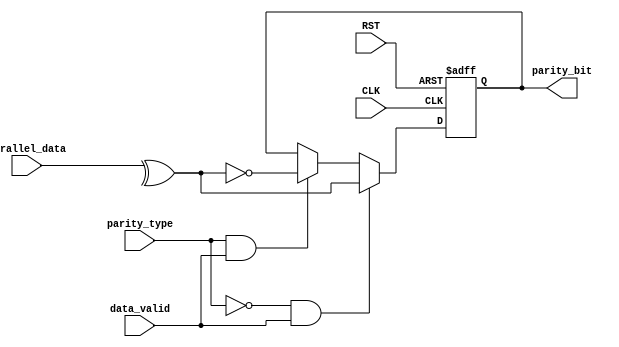
module UART_parity (
  input  wire        data_valid, CLK, RST, parity_type,
  input  wire  [7:0] Parallel_data,
  output reg         parity_bit
  );
  
  always @ (posedge CLK or negedge RST)
  begin
    if (!RST)
      parity_bit <= 1'b0;
    else if (!parity_type && data_valid)              //even parity
      parity_bit <= ^Parallel_data;
    else if (parity_type && data_valid)               //odd parity
      parity_bit <=  ~(^Parallel_data);
    else
      parity_bit <= parity_bit;
  end
      
endmodule